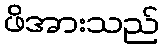
ဖိအားသည်